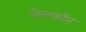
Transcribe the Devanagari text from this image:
फेल्काॅन